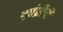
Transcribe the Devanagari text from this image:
ग्रांप्रीची